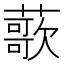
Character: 𫉸